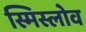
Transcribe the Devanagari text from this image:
स्मिस्लोव